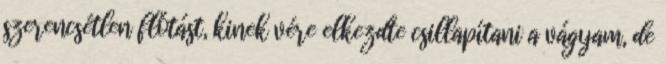
szerencsétlen flótást, kinek vére elkezdte csillapítani a vágyam, de